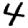
Digit: 4